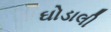
ઘોડાલી